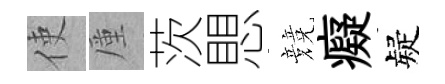
使厪茨愳競癡疑